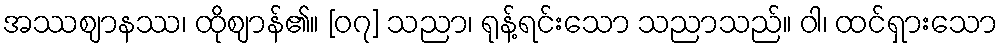
အဿဈာနဿ၊ ထိုဈာန်၏။ [၀၇] သညာ၊ ရုန့်ရင်းသော သညာသည်။ ဝါ၊ ထင်ရှားသော